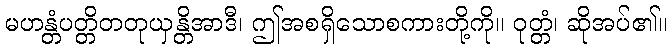
မဟန္တံပတ္တိတတုယှန္တိအာဒီ၊ ဤအစရှိသောစကားတို့ကို။ ဝုတ္တံ၊ ဆိုအပ်၏။